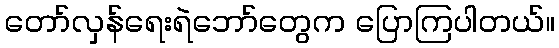
တော်လှန်ရေးရဲဘော်တွေက ပြောကြပါတယ်။